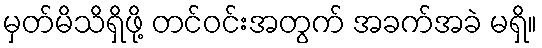
မှတ်မိသိရှိဖို့ တင်ဝင်းအတွက် အခက်အခဲ မရှိ။